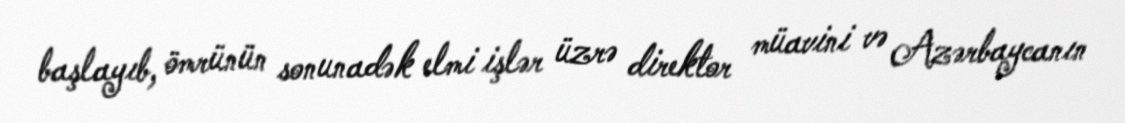
başlayıb, ömrünün sonunadək elmi işlər üzrə direktor müavini və Azərbaycanın